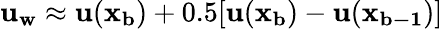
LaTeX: \mathbf{u_{w}}\approx\mathbf{u}(\mathbf{x_{b}})+0.5[\mathbf{u}(\mathbf{x_{b}})-\mathbf{u}(\mathbf{x_{b-1}})]